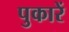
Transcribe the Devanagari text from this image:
पुकारें